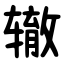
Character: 辙